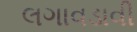
લગાવડાવી